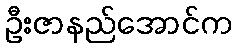
ဦးဇာနည်အောင်က